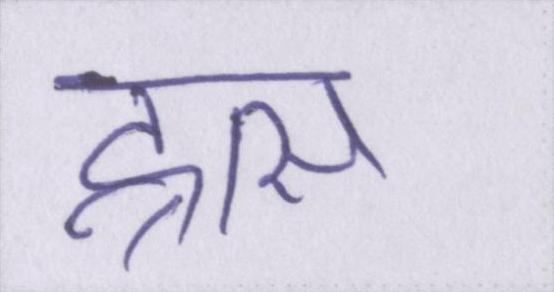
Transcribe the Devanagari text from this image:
ह्रास